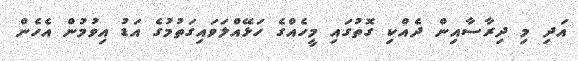
އަދި މި ދިރާސާއިން ދެއްކި ގޮތުގައި މީހެއްގެ ހަޅޭއްލަވައިގަތުމުގެ އަޑު އިވުމުން އެހެން